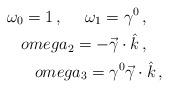
LaTeX: \begin{align*}\omega_0 = 1\, , \ \ \ \ \omega_1 = \gamma^0 \, , \ \ \ \\omega_2 = - \vec \gamma \cdot \hat k \, , \ \ \ \\omega_3 = \gamma^0 \vec \gamma \cdot \hat k \, , \end{align*}